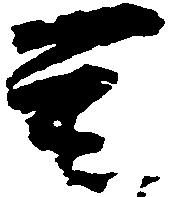
至